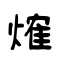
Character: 𤌍